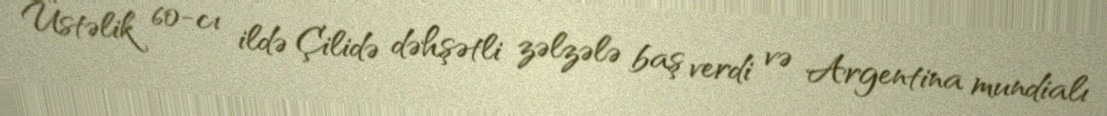
Üstəlik 60-cı ildə Çilidə dəhşətli zəlzələ baş verdi və Argentina mundialı